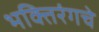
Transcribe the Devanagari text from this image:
भक्तिरंगचे